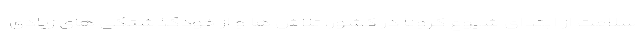
سلامت از ابتدای شیوع کرونا در کشور، تلاش ها و از خودگذشتگی های زیادی